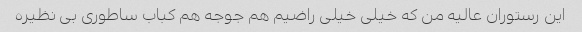
این رستوران عالیه من که خیلی خیلی راضیم هم جوجه هم کباب ساطوری بی نظیره